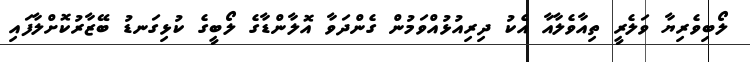
ލޯބިވެރިޔާ ވަލެރީ ތިއާވެލާއާ އެކު ދިރިއުޅުއްވަމުން ގެންދަވާ އޮލާންޑާގެ ލޯބީގެ ކުޅިގަނޑު ބޭޒާރުކޮށްލާފައި